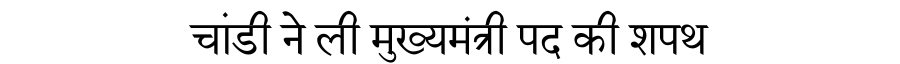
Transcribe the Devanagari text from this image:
चांडी ने ली मुख्यमंत्री पद की शपथ